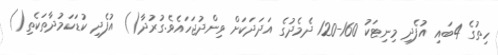
ހިތުގެ 4ބައި އުފެދި މިނިޓަކު 160-120 ދެމެދުގެ އަދަދަކަށް ވިންދުޖަހައެވެ.ގުރުދާ() އުފެދި ކުޑަކަމުދާތަކެތި()